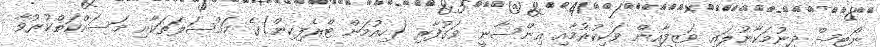
ނޯޓިސް ދިނުމަކާނުލައި ވަޒީފާއިން ވަކިކުރުމާއި އިންސާނީ ވަގުފާރި (ހިއުމަން ޓްރެފިކިން)ގެ މައްސަލަތަކާއި މަސައްކަތްކުރުވާ